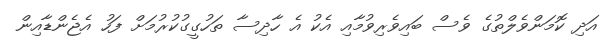
އަދި ކޮމަންވެލްތުގެ ވެސް ބައިވެރިވުމާއި އެކު އެ ހާދިސާ ތަހުގީގުކުރުމަށް ފަހު އެޖެންޑާއިން